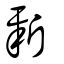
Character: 新